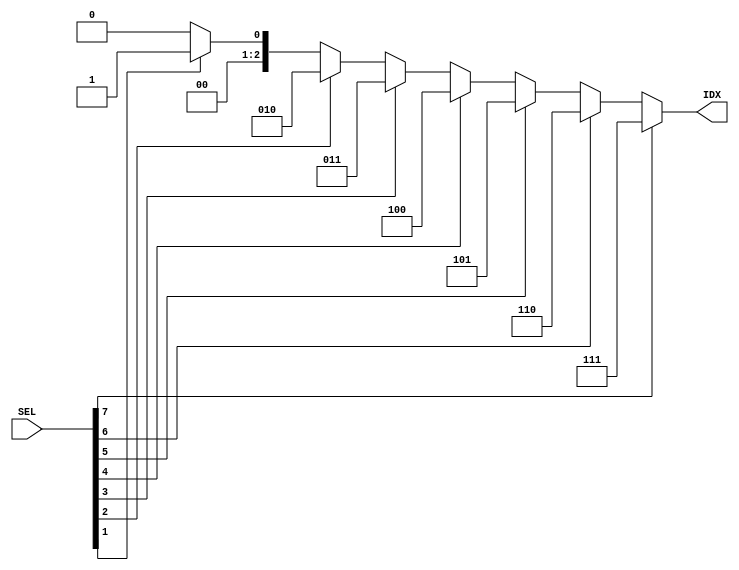
//======================================================
// Copyright (C) 2020 By 
// All Rights Reserved
//======================================================
// Module : 
// Author : 
// Contact : 
// Date : 
//=======================================================
// Description :
//========================================================
module CPM_SEL #(
    parameter DW = 8,
    parameter AW = $clog2(DW)
) (
    input  [DW -1:0] SEL,
    output [AW -1:0] IDX
);

integer i;

reg [AW -1:0] idx;
assign IDX = idx;

always @ ( * )begin
    idx = 0;
    for( i = 0; i < DW; i = i + 1 )begin
        if( SEL[i]==1 )
            idx = i;
    end
end
  
endmodule